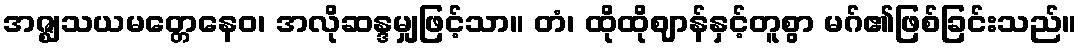
အဇ္ဈသယမတ္တေနေဝ၊ အလိုဆန္ဒမျှဖြင့်သာ။ တံ၊ ထိုထိုဈာန်နှင့်တူစွာ မဂ်၏ဖြစ်ခြင်းသည်။